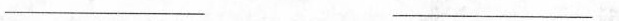
___ ___